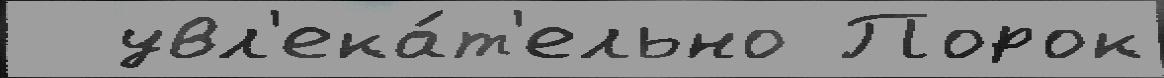
  увл'ека́т'ельно Порок